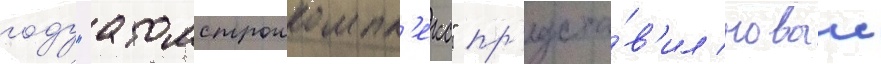
году "атомстроикомпл'екс" пр'едста́в'ил новыи